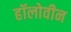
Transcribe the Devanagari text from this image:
हॉलोवीन